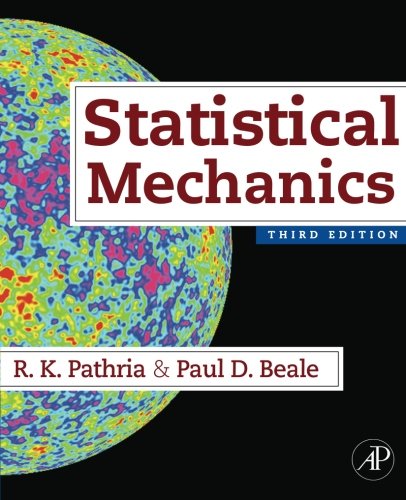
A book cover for Statistical Mechanics, Third Edition; R K Pathria; Science & Math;